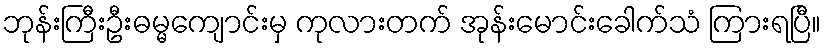
ဘုန်းကြီးဦးဓမ္မကျောင်းမှ ကုလားတက် အုန်းမောင်းခေါက်သံ ကြားရပြီ။